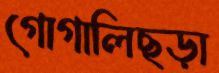
গোগালিছড়া